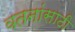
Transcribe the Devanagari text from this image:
वतनांसाठी